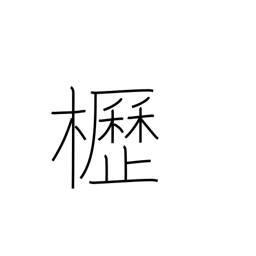
Meaning: horse barn